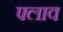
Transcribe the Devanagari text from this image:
फ्लाव